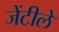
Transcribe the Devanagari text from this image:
जेंटीले